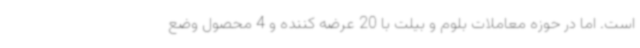
است. اما در حوزه معاملات بلوم و بیلت با 20 عرضه کننده و 4 محصول وضع